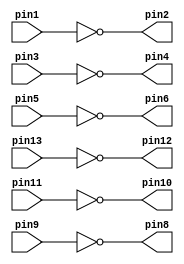
`timescale 1ns / 1ns // `timescale time_unit/time_precision



//six inverters
module v7404 (pin1, pin3, pin5, pin9, pin11, pin13, pin2, pin4, pin6, pin8, pin10, pin12);	
	input pin1, pin3, pin5, pin9, pin11, pin13;
	output pin2, pin4, pin6, pin8, pin10, pin12;
	
	assign pin2 = ~pin1;
	assign pin4 = ~pin3;
	assign pin6 = ~pin5;
	assign pin12 = ~pin13;
	assign pin10 = ~pin11;
	assign pin8 = ~pin9;
endmodule

//four 2-input AND gates
module v7408 (pin1, pin3, pin5, pin9, pin11, pin13, pin2, pin4, pin6, pin8, pin10, pin12);

	input pin1, pin2, pin4, pin5, pin13, pin12, pin10, pin9;
	output pin3, pin6, pin11, pin8;
	assign pin3 = pin1 & pin2;
	assign pin6 = pin4 & pin5;
	assign pin11 = pin13 & pin12;
	assign pin8 = pin10 & pin9;
endmodule

//four 2-input OR gates
module v7432 (pin1, pin3, pin5, pin9, pin11, pin13, pin2, pin4, pin6, pin8,pin10, pin12);
	input pin1, pin2, pin4, pin5, pin13, pin12, pin10, pin9;
	output pin3, pin6, pin11, pin8;
	assign pin3 = pin1 | pin2; 
	assign pin6 = pin4 | pin5;
	assign pin11 = pin13 | pin12; 
	assign pin8 = pin10 | pin9;
endmodule

module mux2to1(x,y,s,m);
	input x, y, s;
    output m;
	wire not_s;
	wire not_s_and_x;
	wire s_and_y;
	
    /*mux2to1 u0(
        .x(SW[0]),
        .y(SW[1]),
        .s(SW[9]),
        .m(LEDR[0])
        );*/
	v7404 u1(
		.pin1(s), //s input to inverter
		.pin2(not_s)); //not s output from inverter	
	
	v7408 u2(
		.pin1(x), //x input to first input pin of and gate for x and not s
		.pin2(not_s), //not s is the second input to x and not s
		.pin3(not_s_and_x), //value of not s and x, output from AND gate
		.pin4(y), //y input to and gate for y and s
		.pin5(s), //s input to and gate for y and s
		.pin6(s_and_y)); //output from y and s
		
	v7432 u3(
		.pin1(not_s_and_x), //not s and x input for !s*x + s*y
		.pin2(s_and_y), //s and y input for !s*x + s*y
		.pin3(m)); //value of m = !s*x + s*y, output for multiplexer
		
endmodule